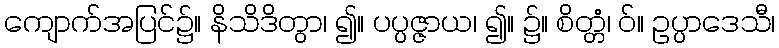
ကျောက်အပြင်၌။ နိသိဒိတွာ၊ ၍။ ပပ္ပဇ္ဇာယ၊ ၍။ ၌။ စိတ္တံ၊ ဝ်။ ဥပ္ပာဒေသီ၊